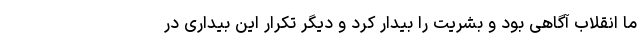
ما انقلاب آگاهی بود و بشریت را بیدار کرد و دیگر تکرار این بیداری در